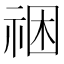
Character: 祵